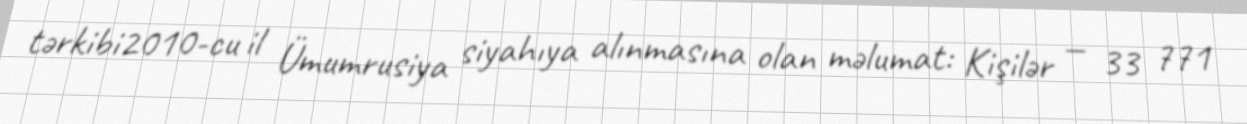
tərkibi2010-cu il Ümumrusiya siyahıya alınmasına olan məlumat: Kişilər — 33 771